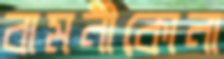
বামনীকোনা